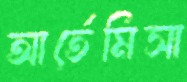
আর্তেমিসা